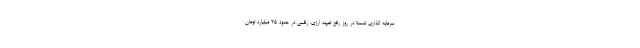
سرمایه گذاری شستا در روز رفع تعهد ارزی، رقمی در حدود ۲۵ میلیارد تومان